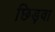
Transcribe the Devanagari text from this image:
छिड़वा